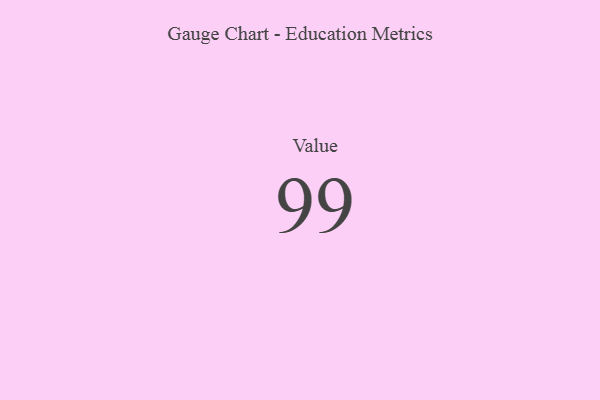
{"axis": {"x": "Metric", "y": "Value"}, "legend": [""], "data": [{"x": "Value", "y": 99, "type": ""}]}